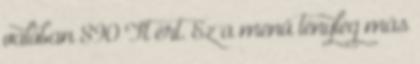
valóban 890 Ft ért. Ez a menü tényleg más